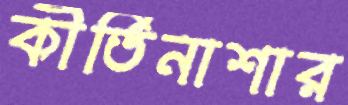
কীর্তিনাশার